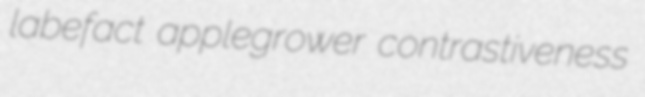
labefact applegrower contrastiveness